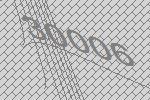
30006